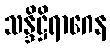
သန္ဒိဋ္ဌိရာဂေန